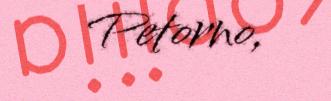
Petorno,